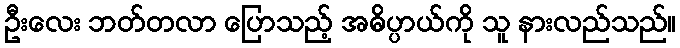
ဦးလေး ဘတ်တလာ ပြောသည့် အဓိပ္ပာယ်ကို သူ နားလည်သည်။